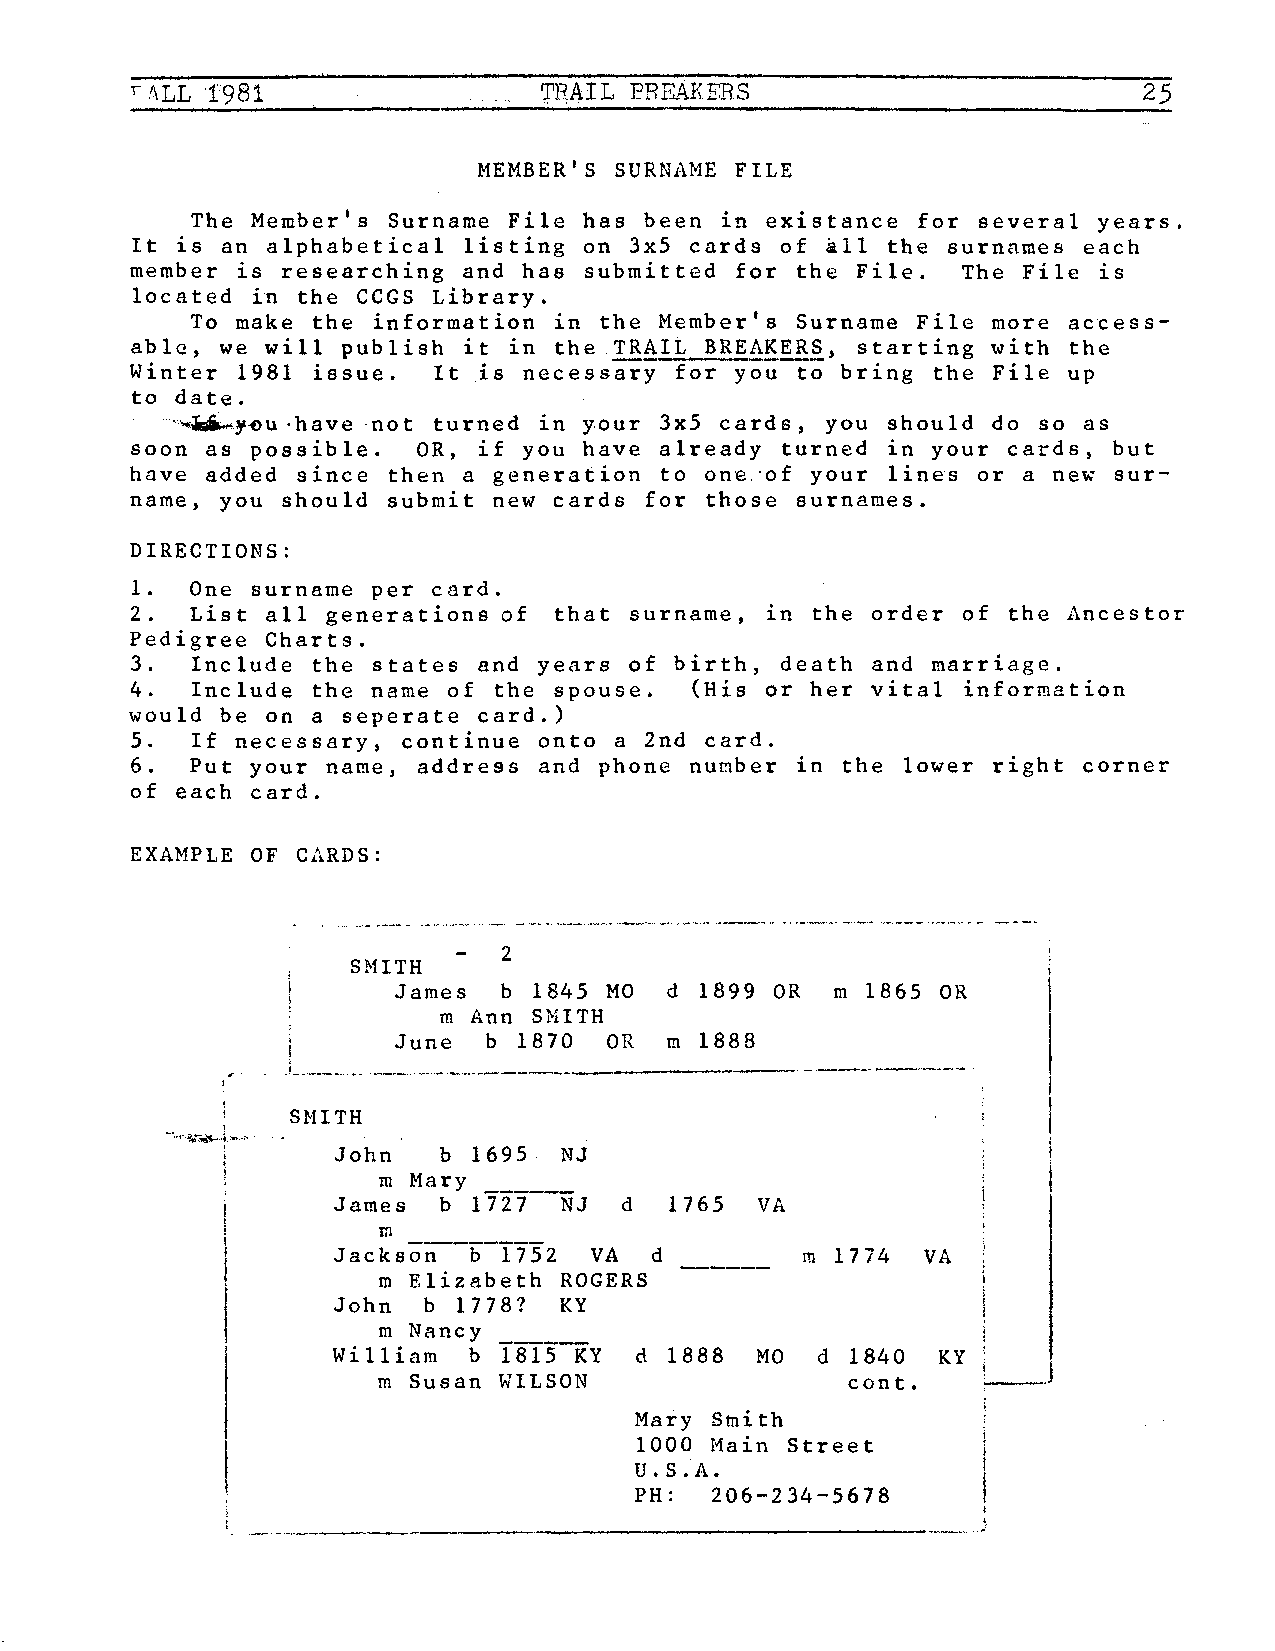
r /\LL 1'981               TRAIL PREAKEBS                          25
 MEMBER'S SURNAME FILE
 The Member's Surname File has been in existance for several years.
 It is an alphabetical listing on 3x5 cards of &11 the surnnmes each
 member is researching and has submitted for the File.  The File is
 located in the CCGS Library.
 To make the information in the Member's Surname File more access
 able, we will publish it in the TRAIL BREAKERS, starting with the
 Winter 1981 issue.  It is necessary for you to bring the File up
 to date.
 ··""'W,.....y;-o u • h ave no t turned in y. our 3 x 5 c a rd s , you sh o u 1 d d o s o a s
 soon as possible.  OR, if you have already turned in your cards, but
 have added since then a generation to on·e.·of your lines or a new sur
 name, you should submit new cards for those surnames.
 DIRECTIONS:
 1.  One surname per card.
 2.  List all generations of that surname, in the order of the Ancestor
 Pedigree Charts.
 3.  Include the states and years of birth, death and marriage.
 4.  Include the name of the spouse,  (His or her vital information
 would be on a seperate card.)
 5.  If necessary, continue onto a 2nd card.
 6.  Put your name, address and phone number in the lower right corner
 of each card.
 EXAMPLE OF CARDS:
 2
 SMITH
 James  b 1845 MO  d 1899 OR  m 1865 OR
 m Ann SMITH
 June  b 1870  OR  m 1888
 '-··-•-· ----- -·--------------
 ·•·  ····-
 SMITH
 '
 '",., ii,.. ....; ,~. . ,
 John   b 1695  NJ
 rn Mary
 James  b 1727  NJ  d  1765  VA
 m
 Jackson  b 1752  VA  d         m 1774  VA
 m Elizabeth ROGERS
 John  b 1778?  KY
 m Nancy
 William  b 1815 KY  d 1888  MO  d 1840  KY ,_. ___ j
 m Susan WILSON                 cont.
 i
 Mary Stnith
 1000 Main Street
 U.S.A.
 PH:  206-234-5678